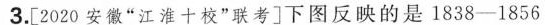
3.[2020安徽”江淮十校”联考]下图反映的是1838-1856